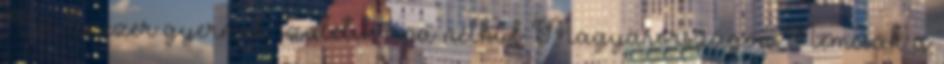
Évi tízezer gyermek születik apa nélkül Magyarországon Nemcsak a